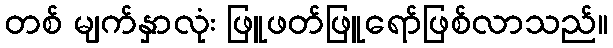
တစ် မျက်နှာလုံး ဖြူဖတ်ဖြူရော်ဖြစ်လာသည်။